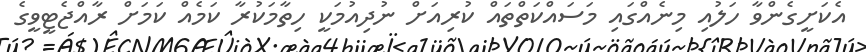
އެކަށީގެންވާ ހަލުއި މިނެއްގައި މަސައްކަތްތައް ކުރިއަށް ނުދިއުމަކީ ހިތާމަކުރާ ކަމެއް ކަމަށް ރާއްޖެޓީވީގެ